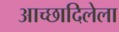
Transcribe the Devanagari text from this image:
आच्छादिलेला